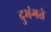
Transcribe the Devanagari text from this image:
दुभंगते